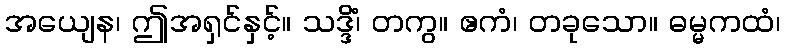
အယျေန၊ ဤအရှင်နှင့်။ သဒ္ဒိံ၊ တကွ။ ဧကံ၊ တခုသော။ ဓမ္မကထံ၊